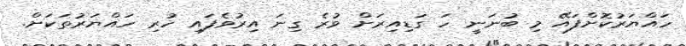
ހައްޔަރުކޮށްފައޭ މި ބުނަނީ ހަ ގަޑިއިރަށް ވުރެ ގިނަ އިރުވެފައި ހުރި ހައްޔަރުތަކަށް.